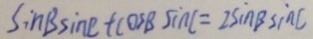
\sin B \sin C + \cos B S i n c = 2 \sin B \sin C